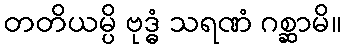
တတိယမ္ပိ ဗုဒ္ဓံ သရဏံ ဂစ္ဆာမိ။